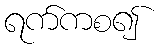
ရက်ကစ၍